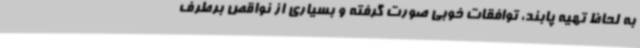
به لحاظ تهیه پابند، توافقات خوبی صورت گرفته و بسیاری از نواقص برطرف